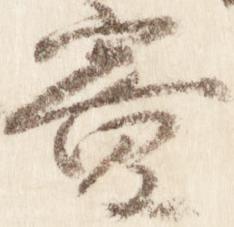
寮